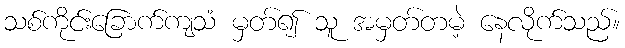
သစ်ကိုင်းခြောက်ကျသံ မှတ်၍ သူ အမှတ်တမဲ့ နေလိုက်သည်။